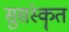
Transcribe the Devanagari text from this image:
सुसंस्कॄत